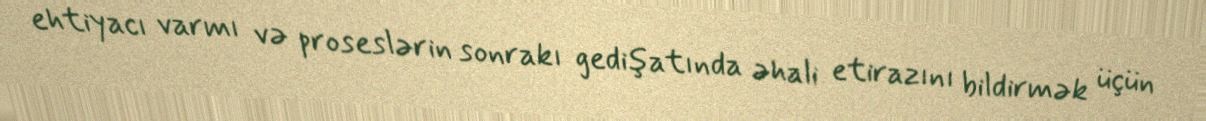
ehtiyacı varmı və proseslərin sonrakı gedişatında əhali etirazını bildirmək üçün